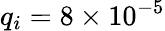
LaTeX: q_{i}=8\times 10^{-5}